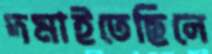
দমাইতেছিলে